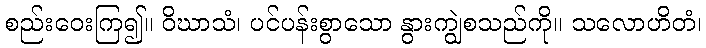
စည်းဝေးကြ၍။ ဝိဃာသံ၊ ပင်ပန်းစွာသော နွားကျွဲစသည်ကို။ သလောဟိတံ၊